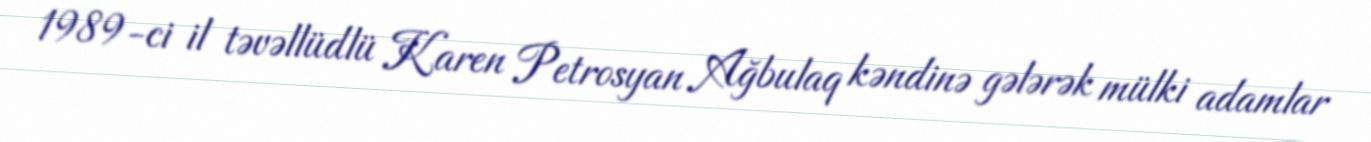
1989-ci il təvəllüdlü Karen Petrosyan Ağbulaq kəndinə gələrək mülki adamlar